Civil Veterinary Dept. Bombay admin report 1914-1922 - 1914-1922
Year: 1914
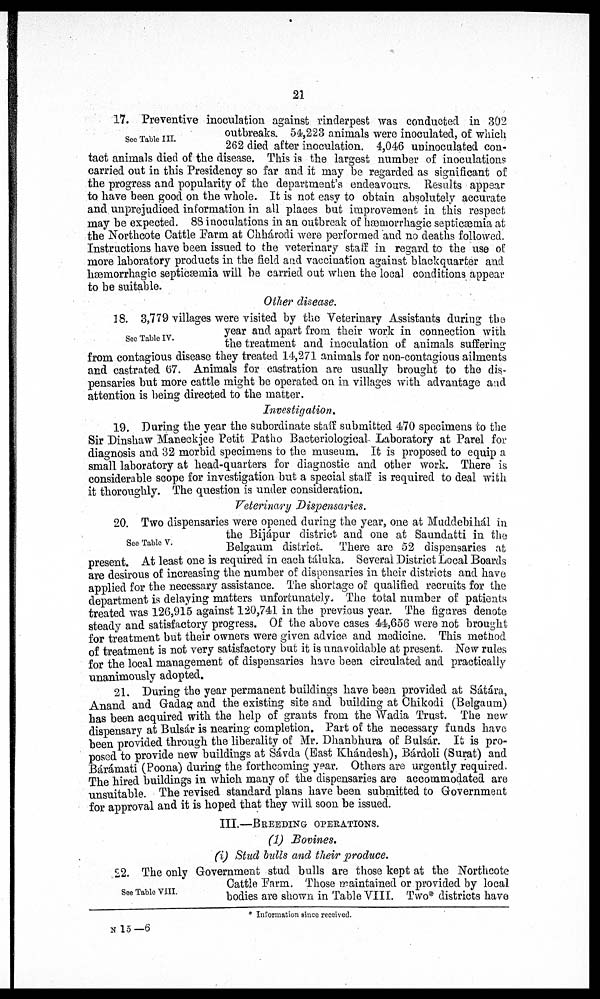
21
See Table III.
17. Preventive inoculation against rinderpest was conducted in 302
outbreaks. 54,223 animals were inoculated, of which
262 died after inoculation. 4,046 uninoculated con-
tact animals died of the disease. This is the largest number of inoculations
carried out in this Presidency so far and it may be regarded as significant of
the progress and popularity of the department's endeavours. Results appear
to have been good on the whole. It is not easy to obtain absolutely accurate
and unprejudiced information in all places but improvement in this respect
may be expected. 88 inoculations in an outbreak of hæmorrhagic septicæmia at
the Northcote Cattle Farm at Chhárodi were performed and no deaths followed.
Instructions have been issued to the veterinary staff in regard to the use of
more laboratory products in the field and vaccination against blackquarter and
hæmorrhagic septicæmia will be carried out when the local conditions appear
to be suitable.
Other disease.
See Table IV.
18. 3,779 villages were visited by the Veterinary Assistants during the
year and apart from their work in connection with
the treatment and inoculation of animals suffering
from contagious disease they treated 14,271 animals for non-contagious ailments
and castrated 67. Animals for castration are usually brought to the dis-
pensaries but more cattle might be operated on in villages with advantage and
attention is being directed to the matter.
Investigation.
19. During the year the subordinate staff submitted 470 specimens to the
Sir Dinshaw Maneckjee Petit Patho Bacteriological Laboratory at Parel for
diagnosis and 32 morbid specimens to the museum. It is proposed to equip a
small laboratory at head-quarters for diagnostic and other work. There is
considerable scope for investigation but a special staff is required to deal with
it thoroughly. The question is under consideration.
Veterinary Dispensaries.
See Table V.
20. Two dispensaries were opened during the year, one at Muddebihál in
the Bijápur district and one at Saundatti in the
Belgaum district. There are 52 dispensaries at
present. At least one is required in each táluka. Several District Local Boards
are desirous of increasing the number of dispensaries in their districts and have
applied for the necessary assistance. The shortage of qualified recruits for the
department is delaying matters unfortunately. The total number of patients
treated was 126,915 against 120,741 in the previous year. The figures denote
steady and satisfactory progress. Of the above cases 44,656 were not brought
for treatment but their owners were given advice and medicine. This method
of treatment is not very satisfactory but it is unavoidable at present. New rules
for the local management of dispensaries have been circulated and practically
unanimously adopted.
21. During the year permanent buildings have been provided at Sátára,
Anand and Gadag and the existing site and building at Chikodi (Belgaum)
has been acquired with the help of grants from the Wadia Trust. The new
dispensary at Bulsár is nearing completion. Part of the necessary funds have
been provided through the liberality of Mr. Dhanbhura of Bulsár. It is pro-
posed to provide new buildings at Sávda (East Khándesh), Bárdoli (Surat) and
Bárámati (Poona) during the forthcoming year. Others are urgently required.
The hired buildings in which many of the dispensaries are accommodated are
unsuitable. The revised standard plans have been submitted to Government
for approval and it is hoped that they will soon be issued.
III.—BREEDING OPERATIONS.
(1) Bovines.
(i) Stud bulls and their produce.
See Table VIII.
22. The only Government stud bulls are those kept at the Northcote
Cattle Farm. Those maintained or provided by local
bodies are shown in Table VIII. Two districts have
* Information since received.
N 15 —6